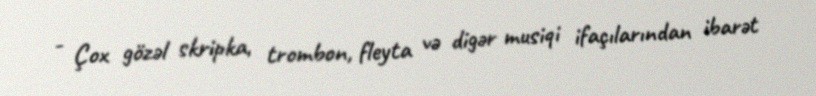
- Çox gözəl skripka, trombon, fleyta və digər musiqi ifaçılarından ibarət